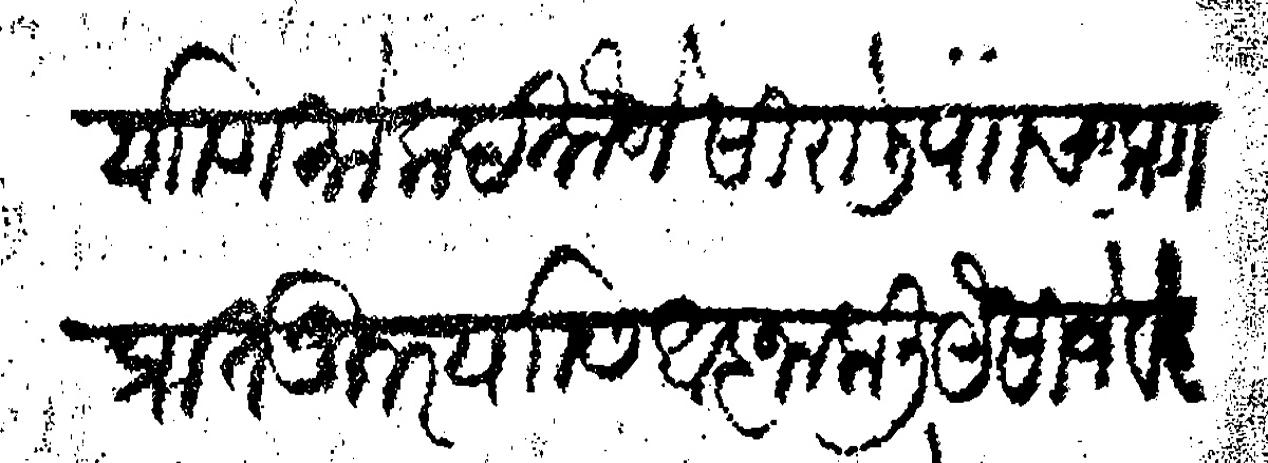
Transliteration (Devanagari): याणी मोकदमौजे सीरोली प चाकण प्रांत जुनर यासी आज्ञा केली येसीजे वेद